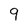
Character: 9